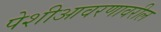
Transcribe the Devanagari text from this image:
पेशीआवरणावरील